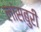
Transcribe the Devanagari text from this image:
लांसबुरी